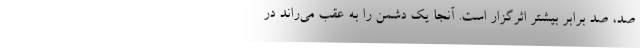
صد، صد برابر بیشتر اثرگزار است. آنجا یک دشمن را به عقب می‌راند در